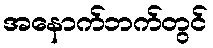
အနောက်ဘက်တွင်